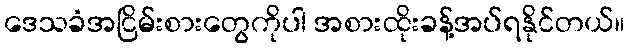
ဒေသခံအငြိမ်းစားတွေကိုပါ အစားထိုးခန့်အပ်ရနိုင်တယ်။